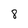
Character: 8